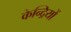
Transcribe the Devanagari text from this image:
केन्द्रियों